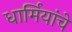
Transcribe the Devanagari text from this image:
धार्मियांचे